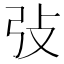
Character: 㢭